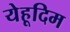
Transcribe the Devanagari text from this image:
येहूदिम